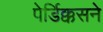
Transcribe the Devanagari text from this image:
पेर्डिक्कसने